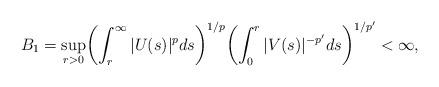
LaTeX: \begin{align*}B_1 = \sup_{r > 0} \biggl( \int_{r}^{\infty} |U(s)|^p ds \biggr)^{1/p} \biggl( \int_{0}^{r} |V(s)|^{-p'} ds \biggr)^{1/p'} < \infty,\end{align*}